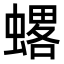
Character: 𧐋